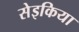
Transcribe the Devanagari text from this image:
सेइकिया